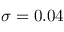
\sigma = 0 . 0 4